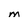
Character: m